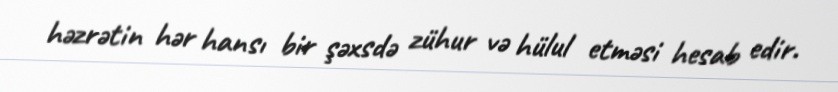
həzrətin hər hansı bir şəxsdə zühur və hülul etməsi hesab edir.